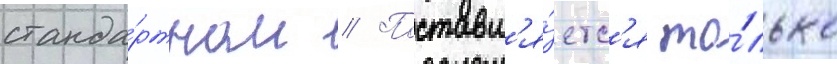
станда́ртном // Поставл'я́етс'я то́лько